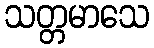
သတ္တမာသေ